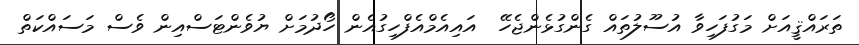
ތަރައްޤީއަށް މަގުފަހިވާ އުސޫލުތައް ގެންގުޅެންޖެހޭ  އައިއެމްއެފްހިގުއެން ހޯދުމަށް ޔުވެންޓަސްއިން ވެސް މަސައްކަތް